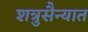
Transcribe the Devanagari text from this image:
शत्रुसैन्यात